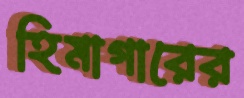
হিমাগারের